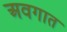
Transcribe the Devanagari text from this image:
अवगात